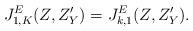
LaTeX: \begin{align*}J_{1, K}^E(Z, Z'_Y) = J_{k, 1}^E(Z, Z'_Y).\end{align*}